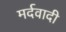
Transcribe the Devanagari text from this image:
मर्दवादी